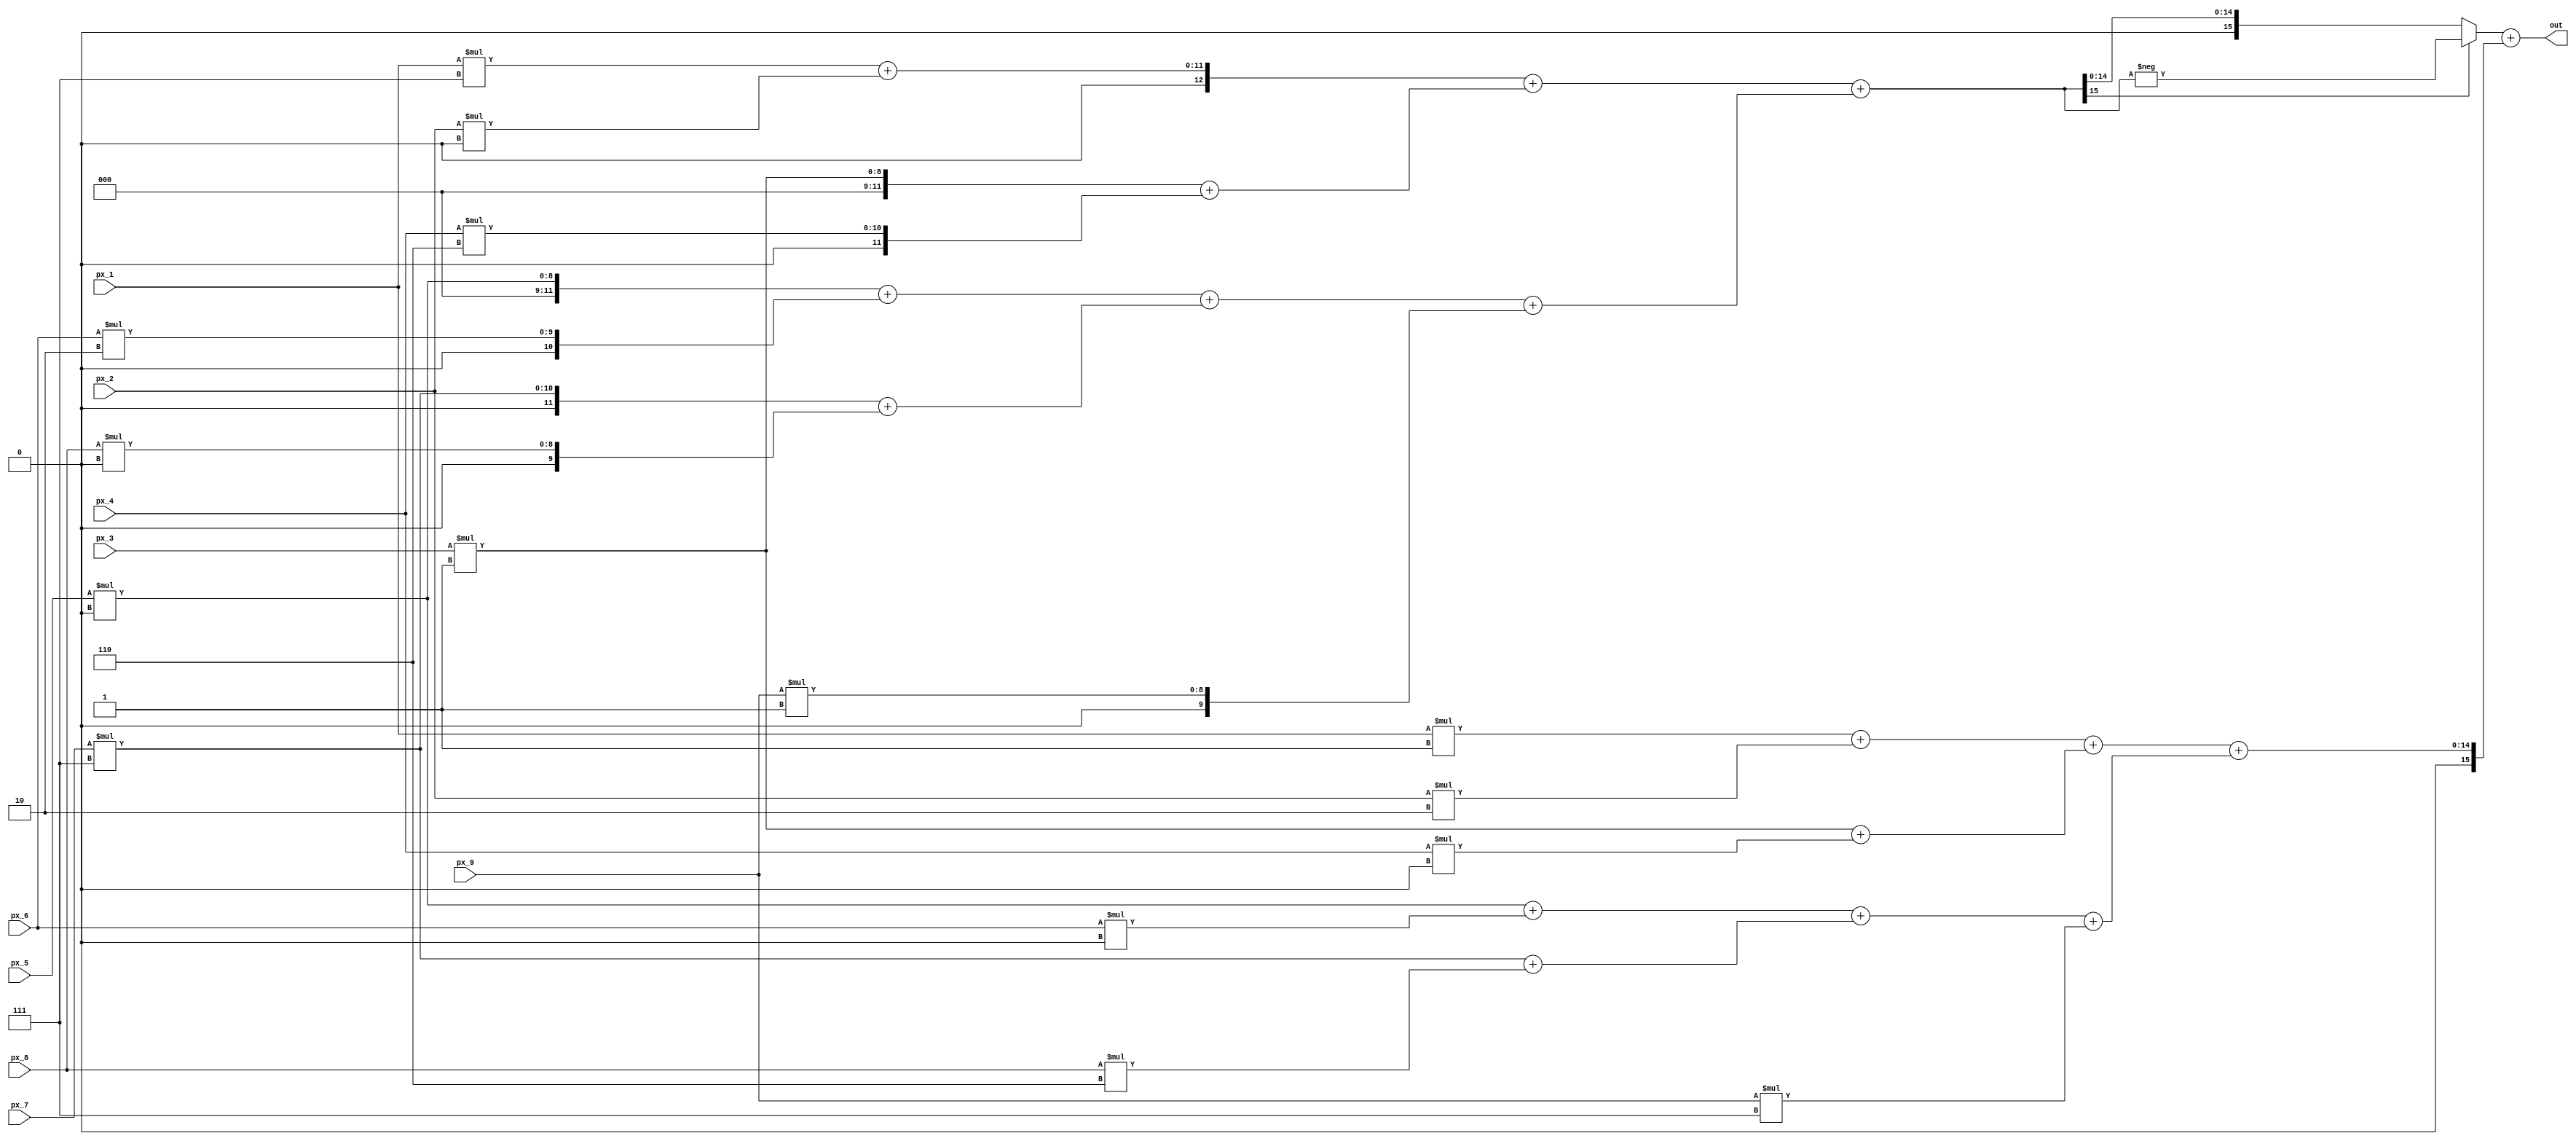
`timescale 1ns/10ps
//////////////////////////////////////////////////////////////////////////////////
// Sobel filter
// Kernel size: 3x3
// Kernel weight:
//    Gx:   --------------------     Gy:  -------------------
//          | -1  |  0  |  1  |           |  1  |  2  |  1  |
//          --------------------          -------------------
//          | -2  |  0  |  2  |           |  0  |  0  |  0  |
//          --------------------          -------------------
//          | -1  |  0  |  1  |           | -1  | -2  | -1  |
//          --------------------          -------------------
//
//////////////////////////////////////////////////////////////////////////////////

module  Sobel_ed(
    input  [7:0] px_1, px_2, px_3, px_4, px_5, px_6, px_7, px_8, px_9,
    output  [16:0] out
	);

/////////////////////////////////////
//            Parameter            //
/////////////////////////////////////
//Kernel Gx
parameter signed Kernel_x_1 = -3'd1, 
                 Kernel_x_2 = 3'd0, 
                 Kernel_x_3 = 3'd1, 
                 Kernel_x_4 = -3'd2,
                 Kernel_x_5 = 3'd0, 
                 Kernel_x_6 = 3'd2, 
                 Kernel_x_7 = -3'd1, 
                 Kernel_x_8 = 3'd0,
                 Kernel_x_9 = 3'd1;
//Kernel Gy
parameter signed Kernel_y_1 = 3'd1, 
                 Kernel_y_2 = 3'd2, 
                 Kernel_y_3 = 3'd1, 
                 Kernel_y_4 = 3'd0,
                 Kernel_y_5 = 3'd0, 
                 Kernel_y_6 = 3'd0, 
                 Kernel_y_7 = -3'd1, 
                 Kernel_y_8 = -3'd2,
                 Kernel_y_9 = -3'd1;

/////////////////////////////////////
//          Mul & Add op           //
/////////////////////////////////////


wire signed [8:0] px_1_s, px_2_s, px_3_s, px_4_s, px_5_s, px_6_s, px_7_s, px_8_s, px_9_s;

assign px_1_s = {1'b0,px_1};
assign px_2_s = {1'b0,px_2};
assign px_3_s = {1'b0,px_3};
assign px_4_s = {1'b0,px_4};
assign px_5_s = {1'b0,px_5};
assign px_6_s = {1'b0,px_6};
assign px_7_s = {1'b0,px_7};
assign px_8_s = {1'b0,px_8};
assign px_9_s = {1'b0,px_9};

// Gx
wire signed [11:0] mul_x_1, mul_x_2, mul_x_3, mul_x_4, mul_x_5, mul_x_6, mul_x_7, mul_x_8, mul_x_9;
wire signed [12:0] add_x_1_1, add_x_1_2, add_x_1_3, add_x_1_4; 
wire signed [13:0] add_x_2_1, add_x_2_2; 
wire signed [14:0] add_x_3_1;
wire signed [15:0] Gx, Gx_abs;

assign mul_x_1 = px_1_s * Kernel_x_1;
assign mul_x_2 = px_2_s * Kernel_x_2;
assign mul_x_3 = px_3_s * Kernel_x_3;
assign mul_x_4 = px_4_s * Kernel_x_4;
assign mul_x_5 = px_5_s * Kernel_x_5;
assign mul_x_6 = px_6_s * Kernel_x_6;
assign mul_x_7 = px_7_s * Kernel_x_7;
assign mul_x_8 = px_8_s * Kernel_x_8;
assign mul_x_9 = px_9_s * Kernel_x_9;

assign add_x_1_1 = mul_x_1 + mul_x_2;
assign add_x_1_2 = mul_x_3 + mul_x_4;
assign add_x_1_3 = mul_x_5 + mul_x_6;
assign add_x_1_4 = mul_x_7 + mul_x_8;

assign add_x_2_1 = add_x_1_1 + add_x_1_2;
assign add_x_2_2 = add_x_1_3 + add_x_1_4;

assign add_x_3_1 = add_x_2_2 + mul_x_9;
assign Gx = add_x_2_1 + add_x_3_1;

assign Gx_abs = (Gx[15]==1'b1)? -Gx:Gx;

// Gy
wire signed [11:0] mul_y_1, mul_y_2, mul_y_3, mul_y_4, mul_y_5, mul_y_6, mul_y_7, mul_y_8, mul_y_9;
wire signed [12:0] add_y_1_1, add_y_1_2, add_y_1_3, add_y_1_4; 
wire signed [13:0] add_y_2_1, add_y_2_2; 
wire signed [14:0] add_y_3_1;
wire signed [15:0] Gy, Gy_abs;

assign mul_y_1 = px_1_s * Kernel_y_1;
assign mul_y_2 = px_2_s * Kernel_y_2;
assign mul_y_3 = px_3_s * Kernel_y_3;
assign mul_y_4 = px_4_s * Kernel_y_4;
assign mul_y_5 = px_5_s * Kernel_y_5;
assign mul_y_6 = px_6_s * Kernel_y_6;
assign mul_y_7 = px_7_s * Kernel_y_7;
assign mul_y_8 = px_8_s * Kernel_y_8;
assign mul_y_9 = px_9_s * Kernel_y_9;

assign add_y_1_1 = mul_y_1 + mul_y_2;
assign add_y_1_2 = mul_y_3 + mul_y_4;
assign add_y_1_3 = mul_y_5 + mul_y_6;
assign add_y_1_4 = mul_y_7 + mul_y_8;

assign add_y_2_1 = add_y_1_1 + add_y_1_2;
assign add_y_2_2 = add_y_1_3 + add_y_1_4;

assign add_y_3_1 = add_y_2_2 + mul_y_9;
assign Gy = add_y_2_1 + add_y_3_1;

assign Gy_abs = (Gy[15]==1'b1)? -Gy:Gy;

// out
assign out = Gx_abs + Gy_abs;

endmodule